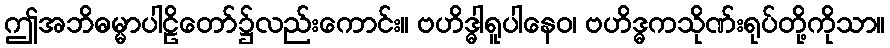
ဤအဘိဓမ္မာပါဠိတော်၌လည်းကောင်း။ ဗဟိဒ္ဓါရူပါနေဝ၊ ဗဟိဒ္ဓကသိုဏ်းရုပ်တို့ကိုသာ။